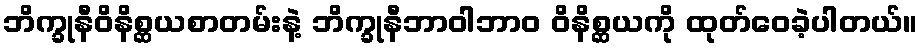
ဘိက္ခုနီဝိနိစ္ဆယစာတမ်းနဲ့ ဘိက္ခုနီဘာဝါဘာဝ ဝိနိစ္ဆယကို ထုတ်ဝေခဲ့ပါတယ်။